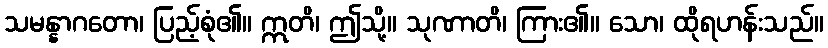
သမန္နာဂတော၊ ပြည့်စုံ၏။ ဣတိ၊ ဤသို့။ သုဏာတိ၊ ကြား၏။ သော၊ ထိုရဟန်းသည်။